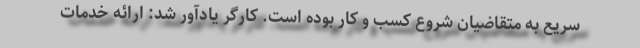
سریع به متقاضیان شروع کسب و کار بوده است. کارگر یادآور شد: ارائه خدمات